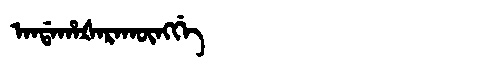
Manchu: ᠠᠨᡩᠠᡥᠠᡧᠠᡵᠠᡴᡡᠩᡤᡝ
Romanization: ANDAHAŠARAKŪNGGE